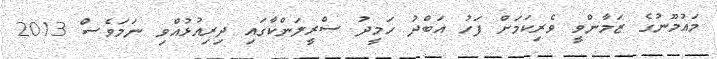
މައުމޫނުގެ ޒަމާންވީ ވެރިކަމަށް ފަހު އަބްދު ހަމީދު ސްރީލަންކާގައި ދިރިއުޅުއްވި ނަމަވެސް 2013